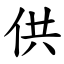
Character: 供